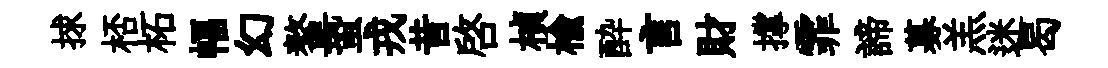
捄桮柘幅幻鳌蛩戎昔啓楨榆酔言財撑霏諦募羔迷曷